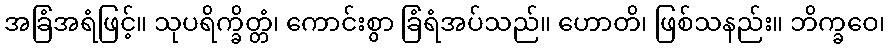
အခြံအရံဖြင့်။ သုပရိက္ခိတ္တံ၊ ကောင်းစွာ ခြံရံအပ်သည်။ ဟောတိ၊ ဖြစ်သနည်း။ ဘိက္ခဝေ၊